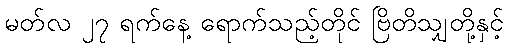
မတ်လ ၂၇ ရက်နေ့ ရောက်သည့်တိုင် ဗြိတိသျှတို့နှင့်